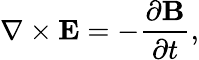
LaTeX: \nabla\times{\mathbf{E}}=-\frac{{\partial{\mathbf{B}}}}{{\partial t}},